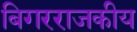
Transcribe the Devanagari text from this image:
बिगरराजकीय